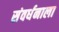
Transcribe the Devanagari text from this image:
संवर्धनाला